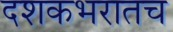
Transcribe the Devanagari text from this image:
दशकभरातच